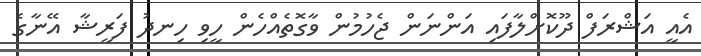
އެއީ އަޝްރަފް ދޫކޮށްލާފައި އަންނަން ޖެހުމުން ވާގޮތެއްހެން ހީވި ހިނދު ފަރީޝާ އޭނާގެ